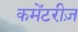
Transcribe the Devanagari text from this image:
कमेंटरीज़